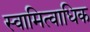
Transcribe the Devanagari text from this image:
स्वामित्वाधिक